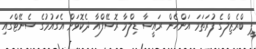
ޕީ ބްރެޒިލްގެ ފުރަތަމަ އަންހެން ރައީސާ ޑިލްމާ ރޮސޭފްއާ ދެކޮޅަށް އެގައުމުގެ ސެނޭޓްގައި